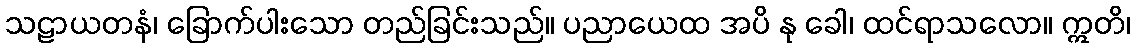
သဠာယတနံ၊ ခြောက်ပါးသော တည်ခြင်းသည်။ ပညာယေထ အပိ နု ခေါ၊ ထင်ရာသလော။ ဣတိ၊